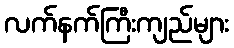
လက်နက်ကြီးကျည်များ